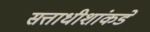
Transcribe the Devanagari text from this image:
सत्ताधीशांकडे